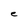
Character: e